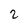
Character: 2